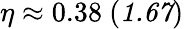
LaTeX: \eta\approx 0.38\ (\textit{1.67})